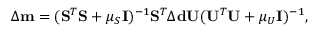
\begin{array} { r } { \Delta \mathbf { m } = ( \mathbf { S } ^ { T } \mathbf { S } + \mu _ { S } \mathbf { I } ) ^ { - 1 } \mathbf { S } ^ { T } \Delta \mathbf { d } \mathbf { U } ( \mathbf { U } ^ { T } \mathbf { U } + \mu _ { U } \mathbf { I } ) ^ { - 1 } , } \end{array}